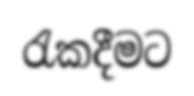
රැකදීමට